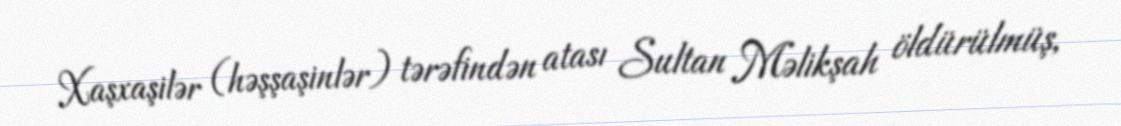
Xaşxaşilər (həşşaşinlər) tərəfindən atası Sultan Məlikşah öldürülmüş,